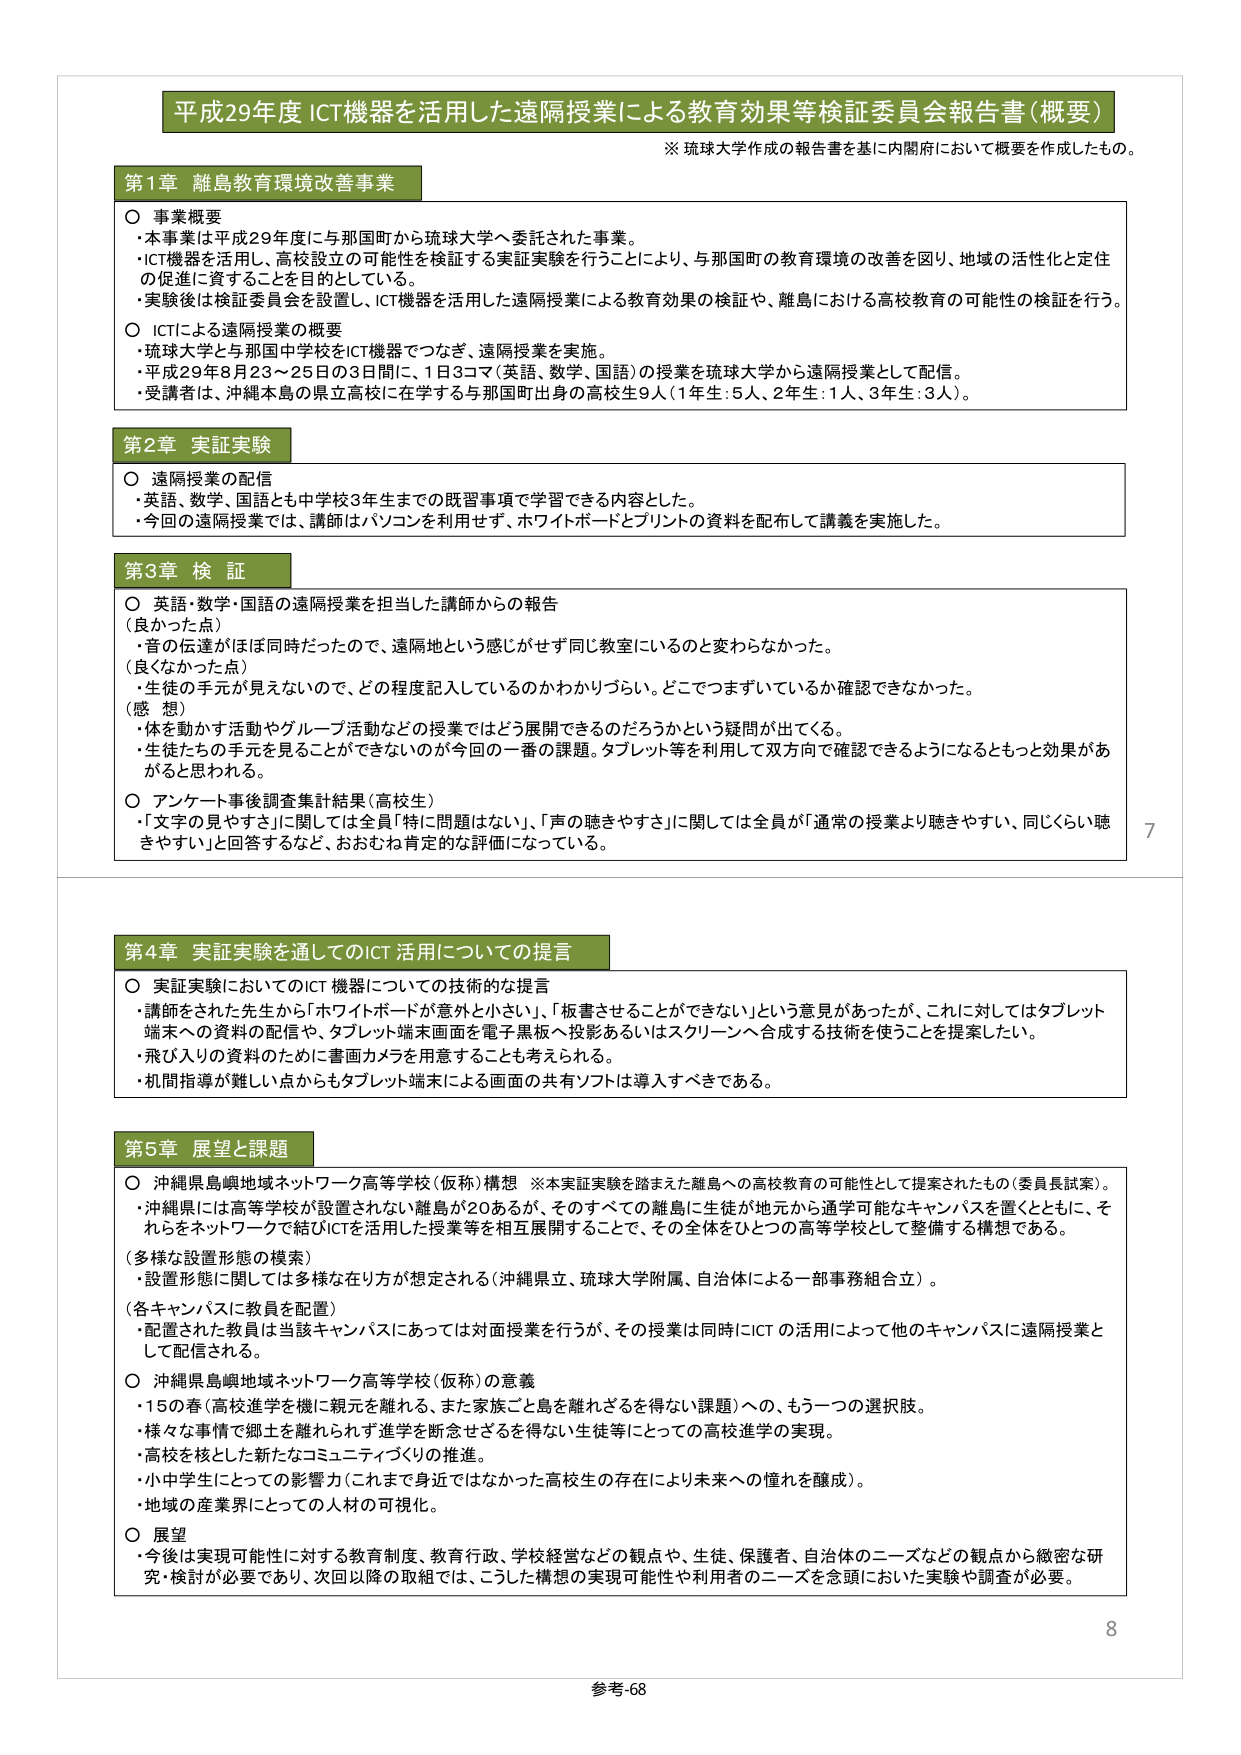
平成29年度 ICT機器を活用した遠隔授業による教育効果等検証委員会報告書（概要）

※ 琉球大学作成の報告書を基に内閣府において概要を作成したもの。

第1章 離島教育環境改善事業

○ 事業概要
・本事業は平成29年度に与那国町から琉球大学へ委託された事業。
・ICT機器を活用し、高校設立の可能性を検証する実証実験を行うことにより、与那国町の教育環境の改善を図り、地域の活性化と定住の促進に資することを目的としている。
・実験後は検証委員会を設置し、ICT機器を活用した遠隔授業による教育効果の検証や、離島における高校教育の可能性の検証を行う。

○ ICTによる遠隔授業の概要
・琉球大学と与那国中学校をICT機器でつなぎ、遠隔授業を実施。
・平成29年8月23～25日の3日間に、1日3コマ（英語、数学、国語）の授業を琉球大学から遠隔授業として配信。
・受講者は、沖縄本島の県立高校に在学する与那国町出身の高校生9人（1年生：5人、2年生：1人、3年生：3人）。

第2章 実証実験

○ 遠隔授業の配信
・英語、数学、国語とも中学校3年生までの既習事項で学習できる内容とした。
・今回の遠隔授業では、講師はパソコンを利用せず、ホワイトボードとプリントの資料を配布して講義を実施した。

第3章 検 証

○ 英語・数学・国語の遠隔授業を担当した講師からの報告
（良かった点）
・音の伝達がほぼ同時だったので、遠隔地という感じがせず同じ教室にいるのと変わらなかった。
（良くなかった点）
・生徒の手元が見えないので、どの程度記入しているのかわかりづらい。どこでつまずいているか確認できなかった。
（感 想）
・体を動かす活動やグループ活動などの授業ではどう展開できるのだろうかという疑問が出てくる。
・生徒たちの手元を見ることができないのが今回の一番の課題。タブレット等を利用して双方向で確認できるようになるともっと効果があると思われる。

○ アンケート事後調査集計結果（高校生）
・「文字の見やすさ」に関しては全員「特に問題はない」、「声の聴きやすさ」に関しては全員が「通常の授業より聴きやすい、同じくらい聴きやすい」と回答するなど、おおむね肯定的な評価になっている。

7

第4章 実証実験を通してのICT活用についての提言

○ 実証実験においてのICT機器についての技術的な提言
・講師をされた先生から「ホワイトボードが意外と小さい」、「板書させることができない」という意見があったが、これに対してはタブレット端末への資料の配信や、タブレット端末画面を電子黒板へ投影あるいはスクリーンへ合成する技術を使うことを提案したい。
・飛び入りの資料のために書画カメラを用意することも考えられる。
・机間指導が難しい点からもタブレット端末による画面の共有ソフトは導入すべきである。

第5章 展望と課題

○ 沖縄県島嶼地域ネットワーク高等学校（仮称）構想 ※本実証実験を踏まえた離島への高校教育の可能性として提案されたもの（委員長試案）。
・沖縄県には高等学校が設置されない離島が20あるが、そのすべての離島に生徒が地元から通学可能なキャンパスを置くとともに、それらをネットワークで結びICTを活用した授業等を相互展開することで、その全体をひとつの高等学校として整備する構想である。

（多様な設置形態の模索）
・設置形態に関しては多様な在り方が想定される（沖縄県立、琉球大学附属、自治体による一部事務組合立）。

（各キャンパスに教員を配置）
・配置された教員は当該キャンパスにあっては対面授業を行うが、その授業は同時にICTの活用によって他のキャンパスに遠隔授業として配信される。

○ 沖縄県島嶼地域ネットワーク高等学校（仮称）の意義
・15の春（高校進学を機に親元を離れ、また家族ごと島を離れざるを得ない課題）への、もう一つの選択肢。
・様々な事情で郷土を離れられず進学を断念せざるを得ない生徒等にとっての高校進学の実現。
・高校を核とした新たなコミュニティづくりの推進。
・小中学生にとっての影響力（これまで身近ではなかった高校生の存在により未来への憧れを醸成）。
・地域の産業界にとっての人材の可視化。

○ 展望
・今後は実現可能性に対する教育制度、教育行政、学校経営などの観点や、生徒、保護者、自治体のニーズなどの観点から緻密な研究・検討が必要であり、次回以降の取組では、こうした構想の実現可能性や利用者のニーズを念頭においた実験や調査が必要。

8

参考-68